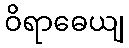
ဝိရာဓေယျ